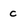
Character: c